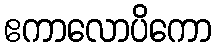
ဧကာလောပိကော